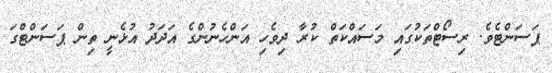
ޕަސަންޓެވެ. ރިސޯޓްތަކުގައި މަސައްކަތް ކުރާ ދިވެހި އަންހެނުންގެ އަދަދު އުޅެނީ ތިން ޕަސަންޓްގަ